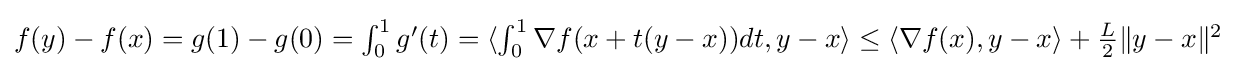
{\textstyle f(y)-f(x)=g(1)-g(0)=\int _{0}^{1}g'(t)=\langle \int _{0}^{1}\nabla f(x+t(y-x))dt,y-x\rangle \leq \langle \nabla f(x),y-x\rangle +{\frac {L}{2}}\|y-x\|^{2}}